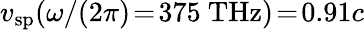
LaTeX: v_{\mathrm{sp}}(\omega/(2\pi)\! =\! 375~\mathrm{THz})\! =\! 0.91c